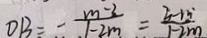
O B = - \frac { m - 3 } { 1 - 2 m } = \frac { 3 - m ^ { \cdot } } { 1 - 2 m }